Report on vaccination in Madras 1895-1903 - 1895-1903
Year: 1895
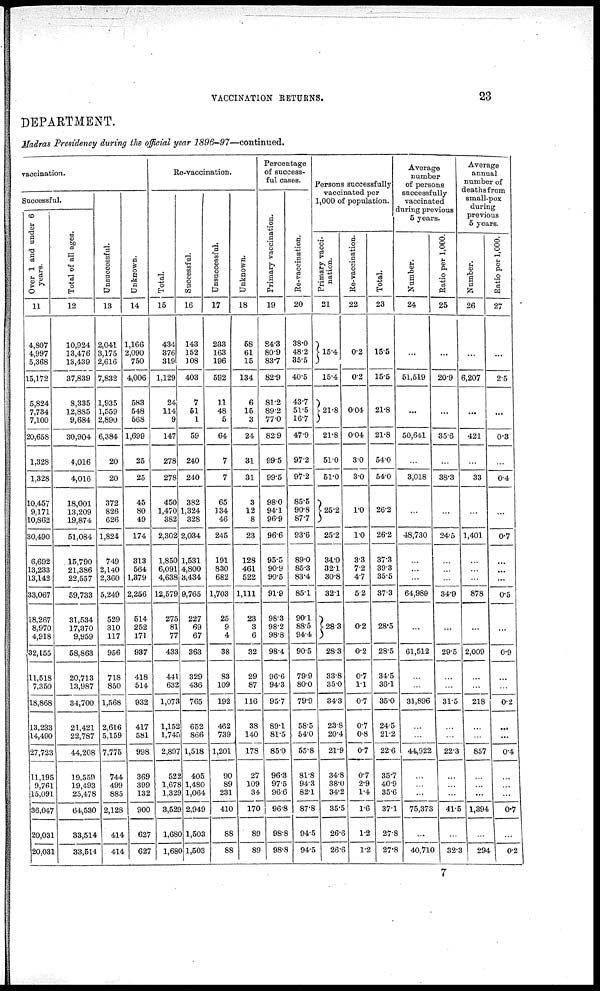
VACCINATION RETURNS.
23
DEPARTMENT.
Madras Presidency during the official year
1896-97—continued.
vaccination.
Successful.
Over 1 and under 6
years.
11
4,807
4,997
5,368
15,172
5,824
7,734
7,100
20,658
1,328
1,328
10,457
9,171
10,862
30,490
6,692
13,233
13,142
33,067
18,267
8,970
4,918
32,155
11,518
7,350
18,868
13,233
14,490
27,723
11,195
9,761
15,091
36,047
20,031
20,031
Total of all ages.
12
10,924
13,476
13,439
37,839
8,335
12,885
9,684
30,904
4,016
4,016
18,001
13,209
19,874
51,084
15,790
21,386
22,557
59,733
31,534
17,370
9,959
58,863
20,713
13,987
34,700
21,421
22,787
44,208
19,559
19,493
25,478
64,530
33,514
33,514
Unsuccessful.
13
2,041
3,175
2,616
7,832
1,935
1,559
2,890
6,384
20
20
372
826
626
1,824
749
2,140
2,360
5,249
529
310
117
956
718
850
1,568
2,616
5,159
7,775
744
499
885
2,128
414
414
Unknown.
14
1,166
2,090
750
4,006
583
548
568
1,699
25
25
45
80
49
174
313
564
1,379
2,256
514
252
171
937
418
514
932
417
581
998
369
399
132
900
627
627
Re-vaccination.
Total.
15
434
376
319
1,129
24
114
9
147
278
278
450
1,470
382
2,302
1,850
6,091
4,638
12,579
275
81
77
433
441
632
1,073
1,152
l,745
2,897
522
1,678
1,329
3,529
1,680
1,680
Successful.
16
143
152
108
403
7
51
1
59
240
240
382
1,324
328
2,034
1,531
4,800
3,434
9,765
227
69
67
363
329
436
765
652
866
1,518
405
1,480
1,064
2,949
1,503
1,503
Unsuccessful.
17
233
163
196
592
11
48
5
64
7
7
65
134
46
245
191
830
682
1,703
25
9
4
38
83
109
192
462
739
1,201
90
89
231
410
88
88
Unknown.
18
58
61
15
134
6
15
3
24
31
31
3
12
8
23
128
461
522
1,111
23
3
6
32
29
87
116
38
140
178
27
109
34
170
89
89
Percentage
of success-
ful cases.
Primary vaccination.
19
84.3
80.9
83.7
82.9
81.2
89.2
77.0
82.9
99.5
99.5
98.0
94.1
96.9
96.6
95.5
90.9
90.5
91.9
98.3
98.2
98.8
98.4
96.6
94.3
95.7
89.1
81.5
85.0
96.3
97.5
96.6
96.8
98.8
98.8
Re-vaccination.
20
38.0
48.2
35.5
40.5
43.7
51.5
16.7
47.9
97.2
97.2
85.5
90.8
87.7
93.6
89.0
85.3
83.4
85.1
90.1
88.5
94.4
90.5
79.9
80.0
79.9
58.5
54.0
55.8
81.8
94.3
82.1
87.8
94.5
94.5
Persons successfully
vaccinated per
1,000 of population.
Primary vacci-
nation.
21
15.4
15.4
21.8
21.8
51.0
51.0
25.2
25.2
34.0
32.1
30.8
32.1
28.3
28.3
33.8
35.0
34.3
23.8
20.4
21.9
34.8
38.0
34.2
35.5
26.6
26.6
Re-vaccination.
22
0.2
0.2
0.04
0.04
3.0
3.0
1.0
1.0
3.3
7.2
4.7
5.2
0.2
0.2
0.7
1.1
0.7
0.7
0.8
0.7
0.7
2.9
1.4
1.6
1.2
1.2
Total.
23
15.5
15.5
21.8
21.8
54.0
54.0
26.2
26.2
37.3
39.3
35.5
37.3
28.5
28.5
34.5
36.1
35.0
24.5
21.2
22.6
35.7
40.9
35.6
37.1
27.8
27.8
Average
number
of persons
successfully
vaccinated
during previous
5 years.
Number.
24
...
51,519
...
50,641
...
3,018
...
48,730
...
...
...
64,989
...
61,512
...
...
31,896
...
...
44,922
...
...
...
75,373
...
40,710
Ratio per 1,000.
25
...
20.9
...
35.6
...
38.3
...
24.5
...
...
...
34.9
...
29.5
...
...
31.5
...
...
22.3
...
...
...
41.5
...
32.3
Average
annual
number of
deaths from
small-pox
during
previous
5 years.
Number.
26
...
6,207
...
421
...
33
...
1,401
...
...
...
878
...
2,009
...
...
218
...
...
857
...
...
...
1,394
...
294
Ratio per 1,000.
27
...
2.5
...
0.3
...
0.4
...
0.7
...
...
...
0.5
...
0.9
...
...
0.2
...
...
0.4
...
...
...
0.7
...
0.2
7